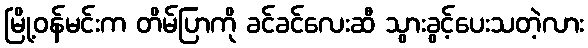
မြို့ဝန်မင်းက တိမ်ပြာကို ခင်ခင်လေးဆီ သွားခွင့်ပေးသတဲ့လား